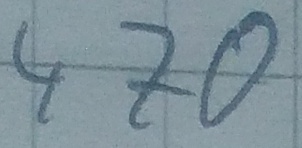
Text: 470